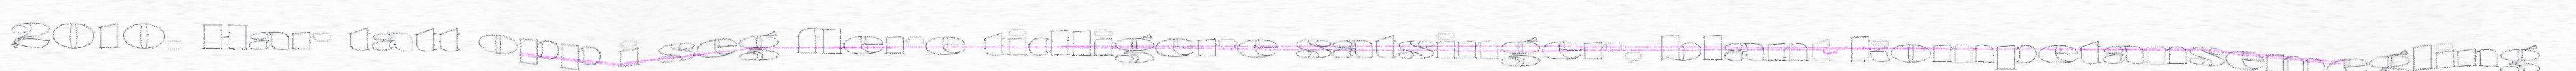
2010. Har tatt opp i seg flere tidligere satsinger, blant kompetansemegling